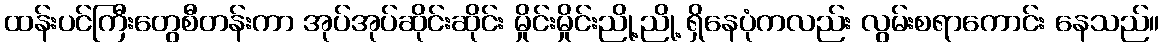
ထန်းပင်ကြီးတွေစီတန်းကာ အုပ်အုပ်ဆိုင်းဆိုင်း မှိုင်းမှိုင်းညို့ညို့ ရှိနေပုံကလည်း လွမ်းစရာကောင်း နေသည်။